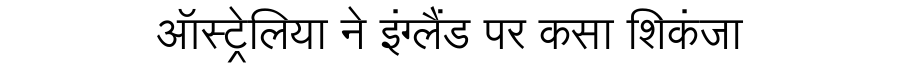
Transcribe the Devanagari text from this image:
ऑस्ट्रेलिया ने इंग्लैंड पर कसा शिकंजा